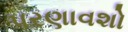
પરણાવશો